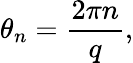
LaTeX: \theta_{n}={\frac{2\pi n}{q}},